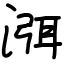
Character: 渳